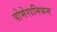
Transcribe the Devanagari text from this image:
पोमेरानियन